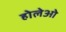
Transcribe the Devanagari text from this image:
होलेओ